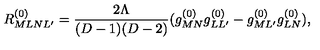
R _ { M L N L ^ { \prime } } ^ { ( 0 ) } = \frac { 2 \Lambda } { ( D - 1 ) ( D - 2 ) } ( g _ { M N } ^ { ( 0 ) } g _ { L L ^ { \prime } } ^ { ( 0 ) } - g _ { M L ^ { \prime } } ^ { ( 0 ) } g _ { L N } ^ { ( 0 ) } ) ,